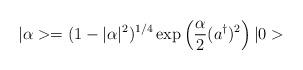
LaTeX: \begin{align*}|\alpha> = (1-|\alpha|^2)^{1/4} \exp \left( \frac{\alpha}{2} (a^{\dagger})^2 \right) |0>\end{align*}